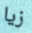
زيا